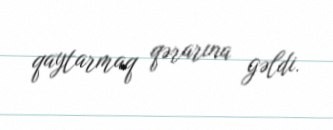
qaytarmaq qərarına gəldi.